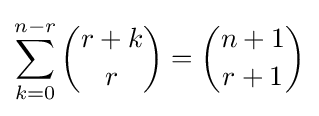
\sum _{k=0}^{n-r}{\binom {r+k}{r}}={\binom {n+1}{r+1}}